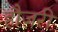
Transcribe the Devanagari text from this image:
हौज़री